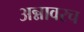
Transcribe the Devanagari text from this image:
अन्नावरच